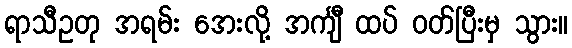
ရာသီဥတု အရမ်း အေးလို့ အင်္ကျီ ထပ် ဝတ်ပြီးမှ သွား။